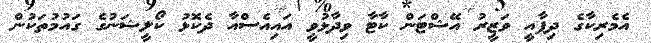
އެމެރިކާގެ ދިފާއީ ވަޒީރު އޭޝްޓަން ކާޓާ ވިދާޅުވީ އައިއެސްއާ ދެކޮޅު ކޯލީޝަނުގެ ގައުމުތަކުން